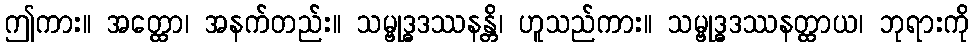
ဤကား။ အတ္ထော၊ အနက်တည်း။ သမ္ဗုဒ္ဓဒဿနန္တိ၊ ဟူသည်ကား။ သမ္ဗုဒ္ဓဒဿနတ္ထာယ၊ ဘုရားကို